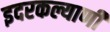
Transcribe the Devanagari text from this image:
इदरकल्याणी